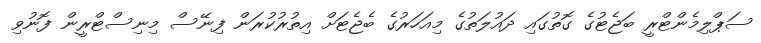
ސަޕްލިމެންޓްރީ ބަޖެޓުގެ ގޮތުގައި ދައުލަތުގެ މިއަހަރުގެ ބެޖެޓަށް އިތުރުކުރަން ފިނޭސް މިނިސްޓްރީން ފޮނުވި